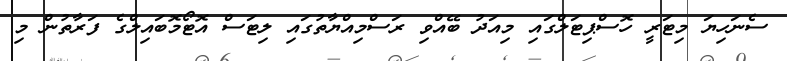
ސެނަހިޔަ މިޓަރީ ހޮސްޕިޓަލްގައި މިއަދު ބޭއްވި ރަސްމިއްޔާތުގައި ލިޓަސް އޮޓޯމޮބައިލްގެ ފަރާތުން މި